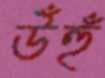
উঁহুঁ